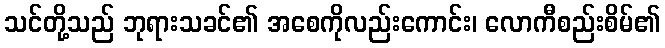
သင်တို့သည် ဘုရားသခင်၏ အစေကိုလည်းကောင်း၊ လောကီစည်းစိမ်၏